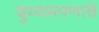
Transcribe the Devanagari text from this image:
दुय्यमपणाचे